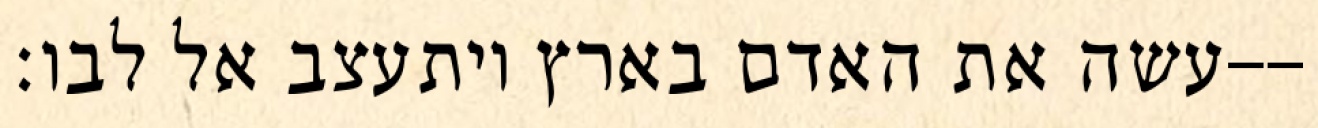
עשה את האדם בארץ ויתעצב אל לבו׃--